Vaccination United Provinces of Agra and Oudh 1914-1922 - 1914-1922
Year: 1914
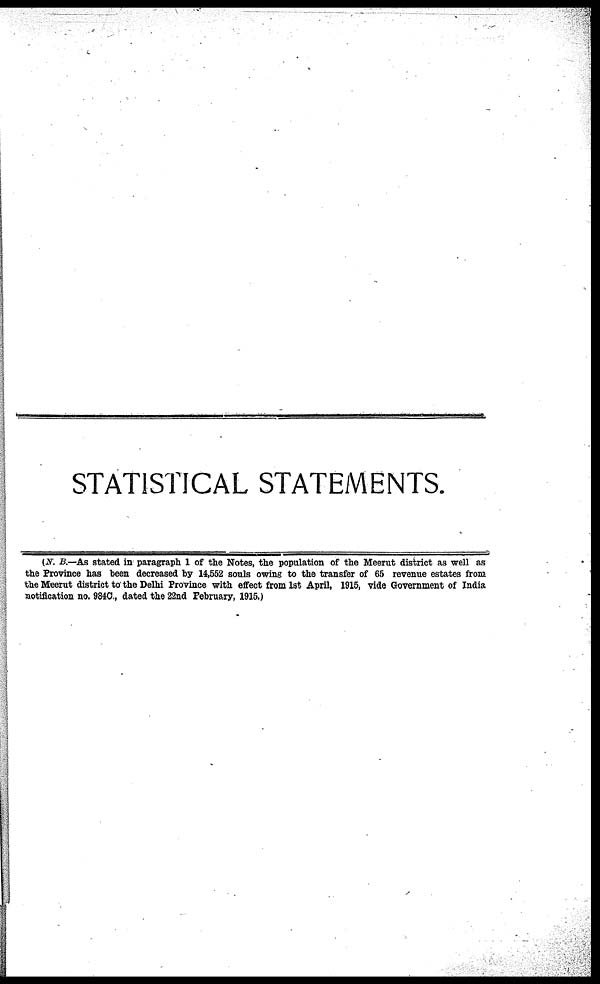
STATISTICAL STATEMENTS.
(N. B.—As stated in paragraph 1 of the Notes, the population of the Meerut district as well as
the Province has been decreased by 14,552 souls owing to the transfer of 65 revenue estates from
the Meerut district to the Delhi Province with effect from 1st April, 1915, vide Government of India
notification no. 984C., dated the 22nd February, 1915.)